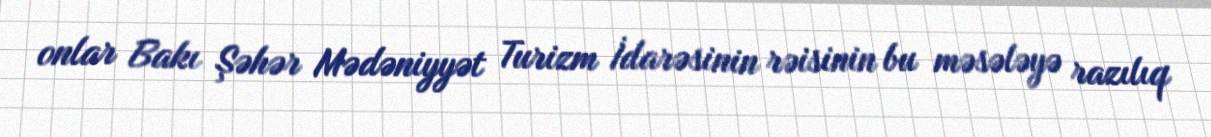
onlar Bakı Şəhər Mədəniyyət Turizm İdarəsinin rəisinin bu məsələyə razılıq